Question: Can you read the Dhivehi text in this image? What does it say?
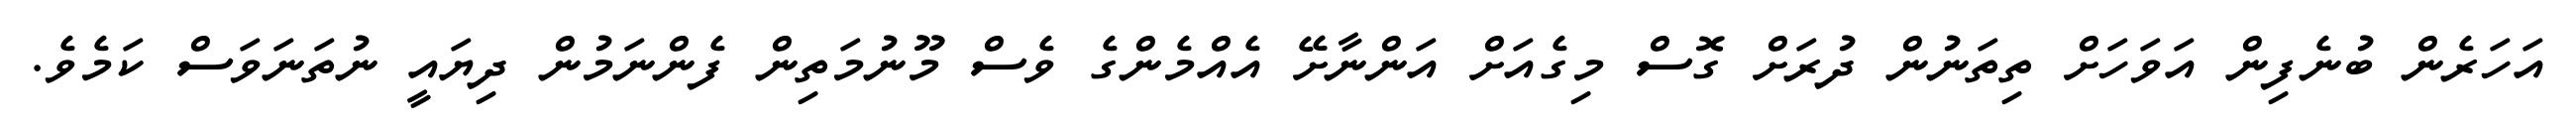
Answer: އަހަރެން ބުނެފިން އަވަހަށް ތިތަނުން ދުރަށް ގޮސް މިގެއަށް އަންނާށޭ އެއްމެންގެ ވެސް މޫނުމަތިން ފެންނަމުން ދިޔައީ ނުތަނަވަސް ކަމެވެ.